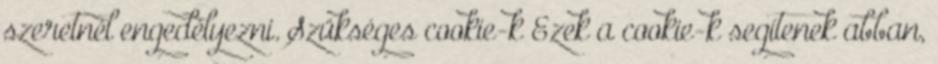
szeretnél engedélyezni. Szükséges cookie-k Ezek a cookie-k segítenek abban,